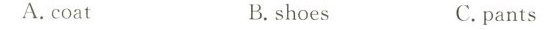
A.coat B.shoes C. pants